Scottish Leaving Certificate Examination, 1961
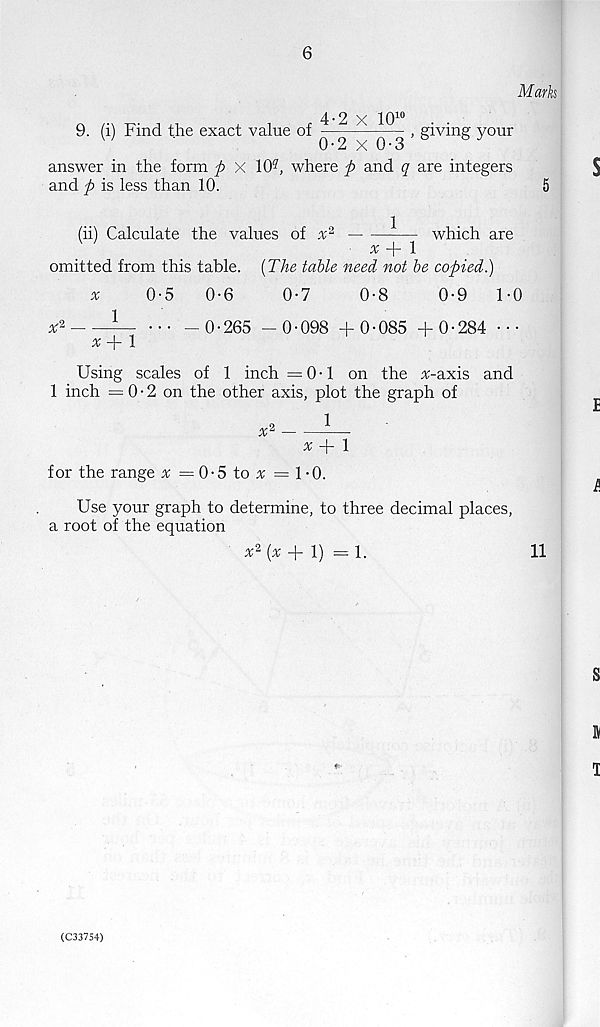
6
Mark
9. (i) Find the exact value of
4-2 x 10 10
giving your
0-2 x 0-3
answer in the form p x 10 ? , where p and q are integers
and p is less than 10.
(ii) Calculate the values of x 2
^— which are
x —J - 1
omitted from this table. [The table need not be copied.)
x
0-5
0-6
0-7
0-8
0-9
1-0
1
- 0-265 -0-098 +0-085 +0-284
x + 1
Using scales of 1 inch =0-1 on the #-axis and
1 inch —- 0 * 2 on the other axis, plot the graph of
1
for the range ^
# + 1
0-5 to n; =1-0.
Use your graph to determine, to three decimal places,
a root of the equation
(s; + 1) — 1.
11
(C33754)